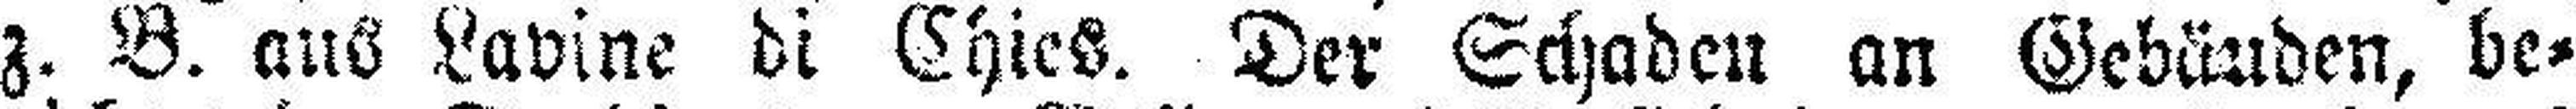
z. B. aus Lavine di Chies. Der Schaden an Gebäuden, be¬